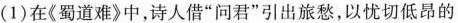
(1)在《蜀道难》中，诗人借”问君”引出旅愁，以忧切低昂